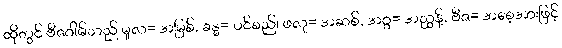
ထိုတွင် ဗီဇဂါမ်သည် မူလ= အမြစ်, ခန္ဓ= ပင်စည်၊ ဖလု= အဆစ်, အဂ္ဂ= အညွန့်, ဗီဇ= အစေ့အားဖြင့်